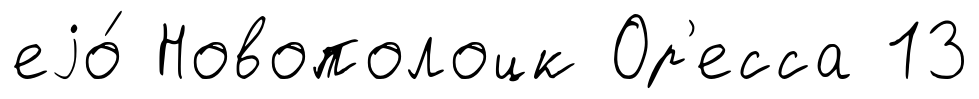
еjо́ Новополоцк Ор'есса 13